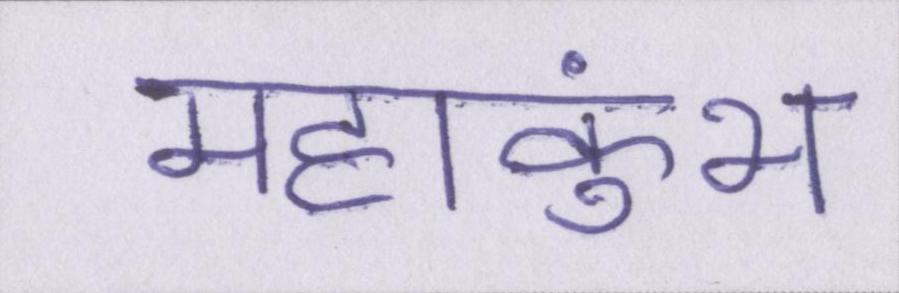
महाकुंभ